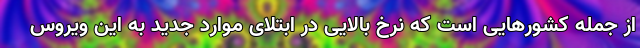
از جمله کشورهایی است که نرخ بالایی در ابتلای موارد جدید به این ویروس